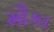
મૌકા